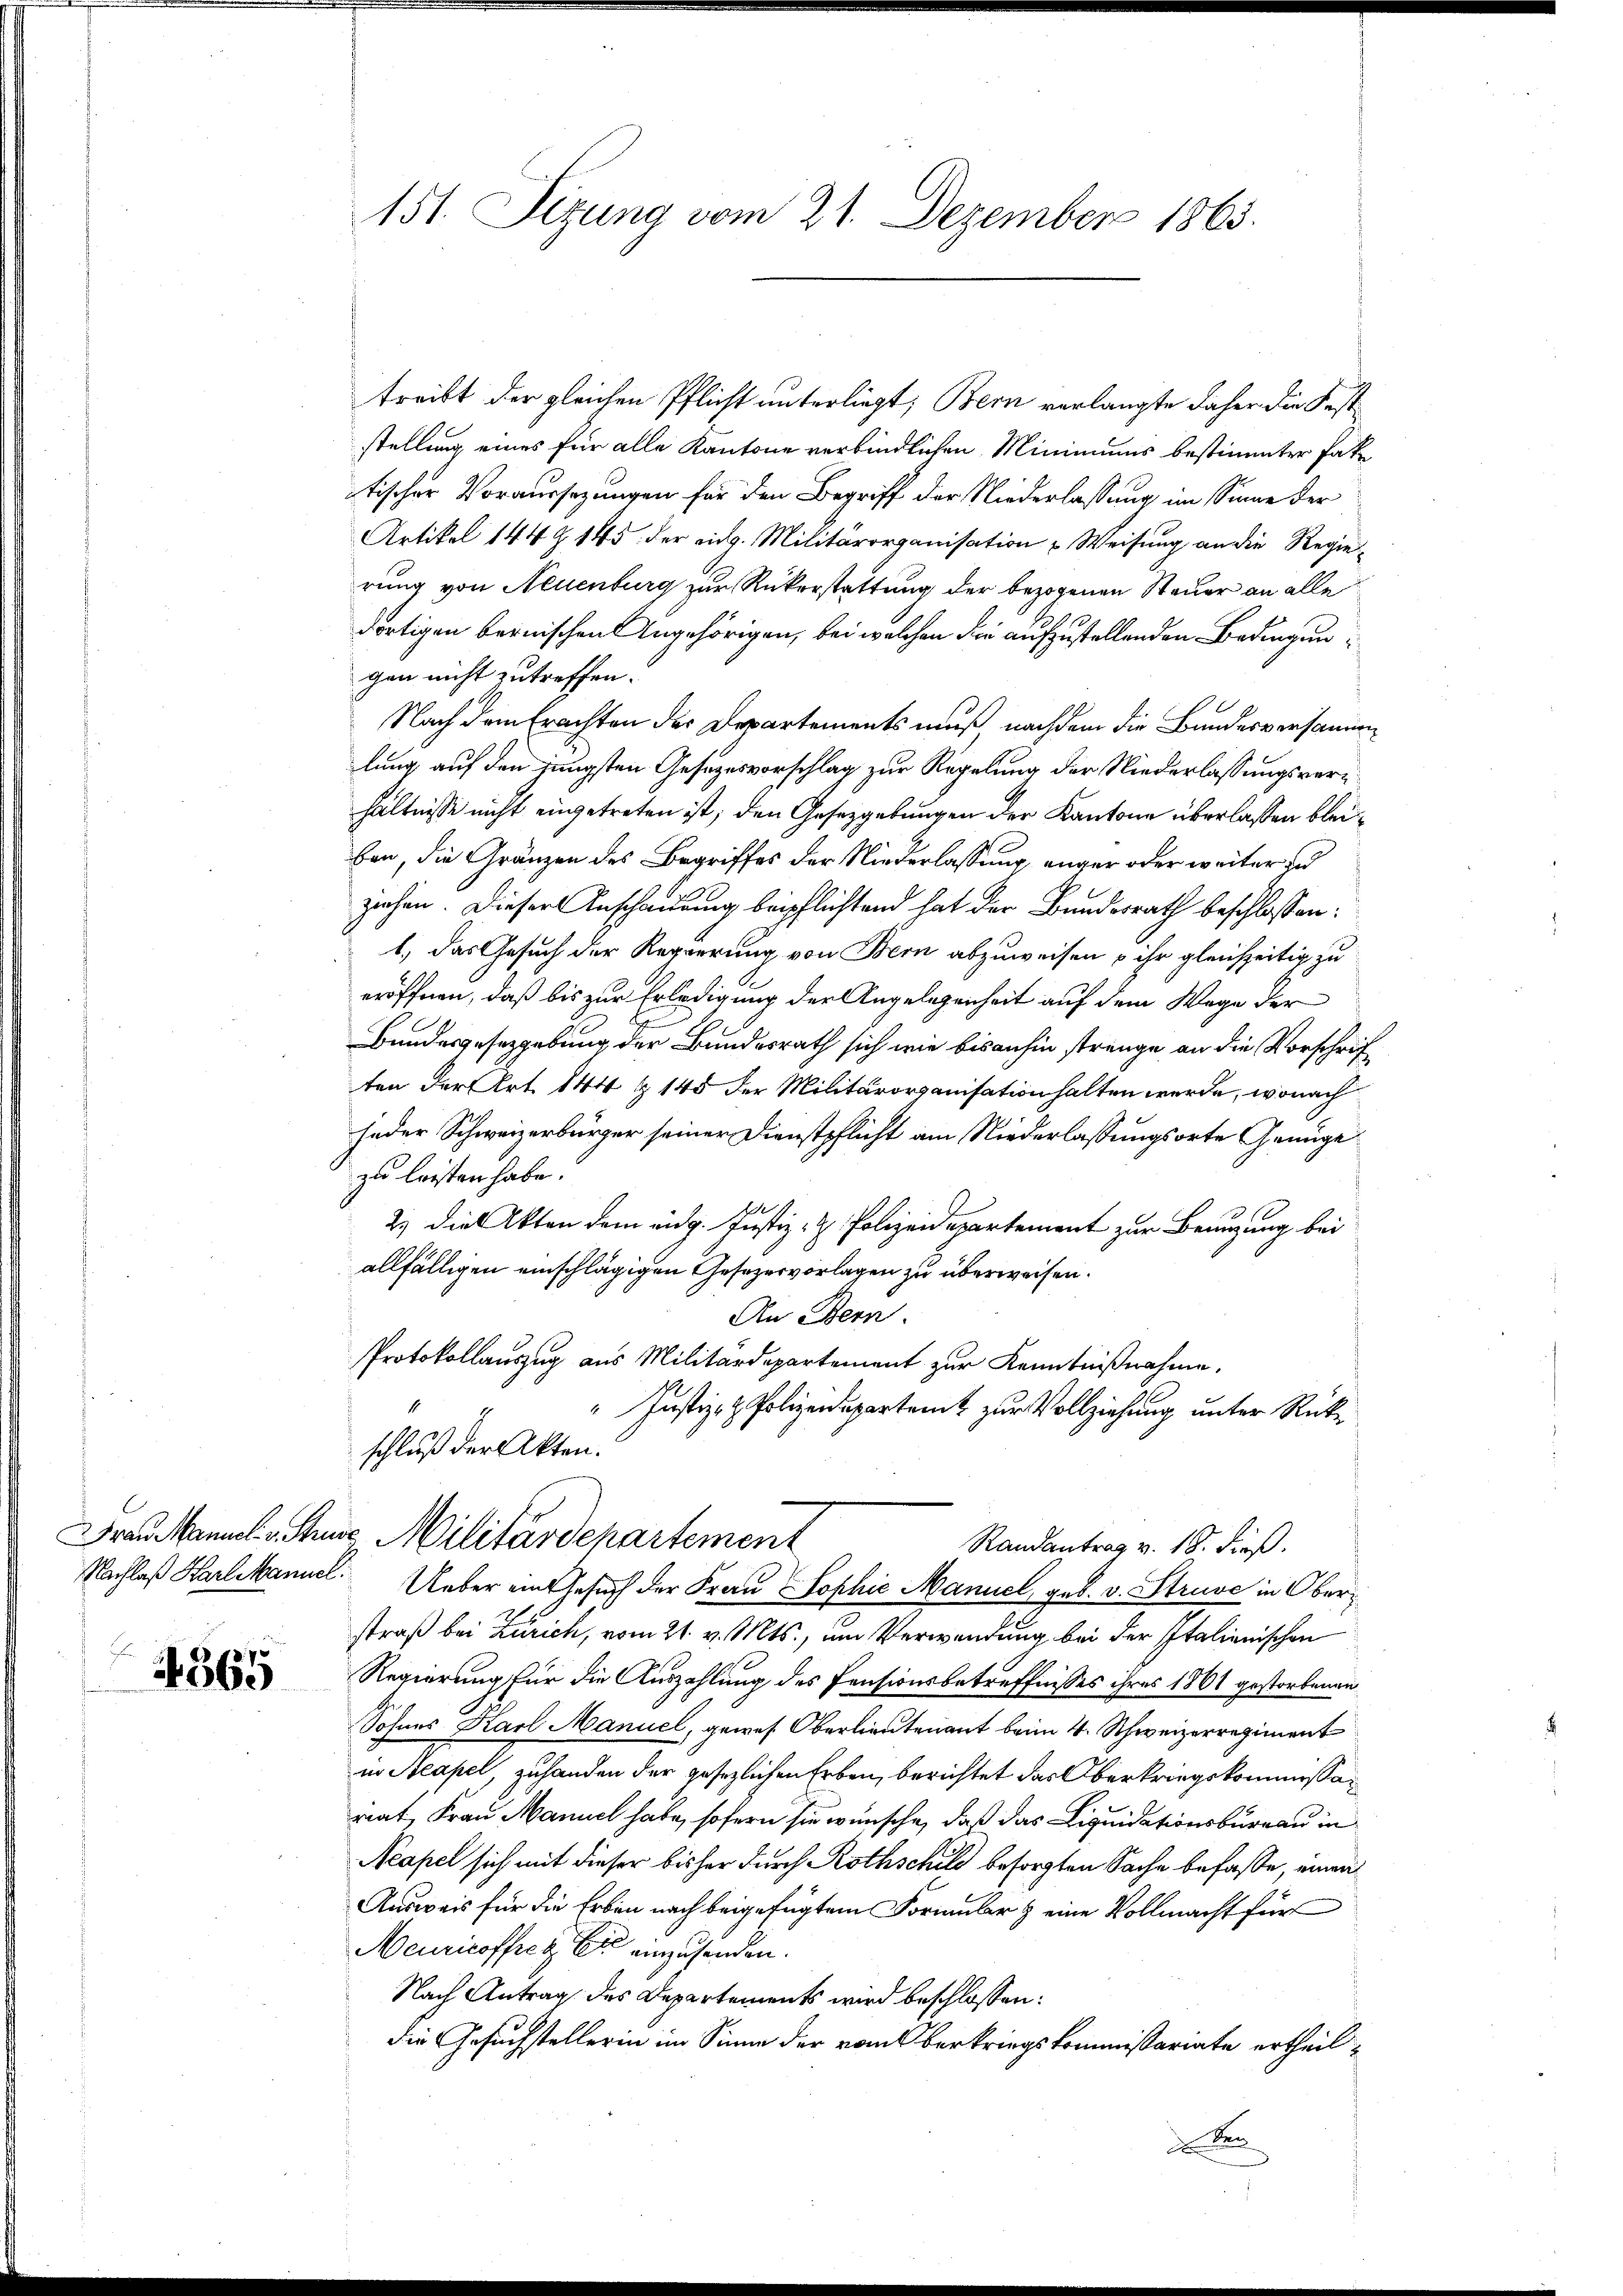
4565

151. Sizung vom 21. Dezember 1865.

treibt der gleichen Pflicht unterliegt; Bern verlangte daher die Fest
stellung eines für alle Kantone verbindlichen Mininiums bestimmter Pake
tischer Voraussezungen für den Begriff der Niederlassung im Sinne der
Artikel 144 Z. 145 der eidg. Militärorganisation u Weisung an die Regierung von Neuenburg zur Rükerstattung der bezogenen Steuer an alle
dortigen bernischen Angehörigen, bei welchen die aufzustellenden Bedingungen nicht zutreffen.
Nach dem Erachten der Departements muß nachdem die Bundesversammen
lung auf den jüngsten Gesezesvorschlag zur Regelung der Niederlassungsverhältnisse nicht eingetreten ist; den Gesetzgebungen der Kantone überlassen bleiben, die Gränzen des Begriffes der Niederlassung, enger oder weiter un
ziehen. Dieser Anschauung beipflichtend hat der Bundesrath beschlossen:
1. das Gesuch der Regierung von Bern abzuweisen u ihr gleichzeitig zu
eröffnen, daß bis zur Erledigung der Angelegenheit auf dem Wege der
Bundesgesetzgebung der Bundesrath sich wie bisanhin strenge an die Vorschriften der Art. 144 & 145 der Militärorganisation halten werde, wonach
jeder Schweizerbürger seiner Dienstpflicht am Niederlassungsorte Genüge
zu leisten habe.
2) die Akten dem eidg. Justiz- & Polizeidepartement zur Benuzung bei
allfälligen einschlägigen Gesezesvorlagen zu überweisen.
An Bern.
Protokollauszug aus Militärdepartement zur Kenntnißnahme.
" Justiz- & Polizeidepartent zur Vollziehung unter Rückschluß der Akten.
Frau amilie Stunde Militärdepartement
Randantrag v. 18. dieß.
Nachlaß Hartmanuel. Ueber ein Gesuch der Frau Sophie Manuel, geb. v. Struve in Oberstraß bei Zürich, vom 21. v. Mts., um Verwendung bei der Italienischen
Regierung für die Auszahlung des Pensionsbetreffnisses ihres 1861 gestorbenen
Sohnes Karl Manuel, gewes Oberlieutenant beim 4. Schweizerregiment
in Neapel, zuhanden der gesezlichen Erben, berichtet das Oberkriegskommissarat, Frau Mannel habe, sofern sie wünsche, daß das Liquidationsburgau in
Neapel sich mit dieser bisher durch Rothschuld besorgten Sache befasse, einen
Ausweis für die Erben nach beigefügtem Formular & eine Vollmacht für
Meuricoffrez Er einzusenden.
Nach Antrag des Departements wird beschlossen:
die Gesuchstellerin im Sinne der vom Oberkriegskommissariate ertheil¬
Ver
A